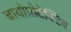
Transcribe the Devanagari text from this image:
बायोप्रोटेक्टिव